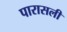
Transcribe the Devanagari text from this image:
पारासली